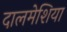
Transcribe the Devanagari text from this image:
दालमेशिया